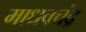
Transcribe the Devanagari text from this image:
माधवचंद्र